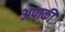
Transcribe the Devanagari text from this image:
अपाकी